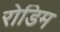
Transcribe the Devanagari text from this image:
रोडिम